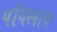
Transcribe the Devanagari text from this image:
पॉवलाव